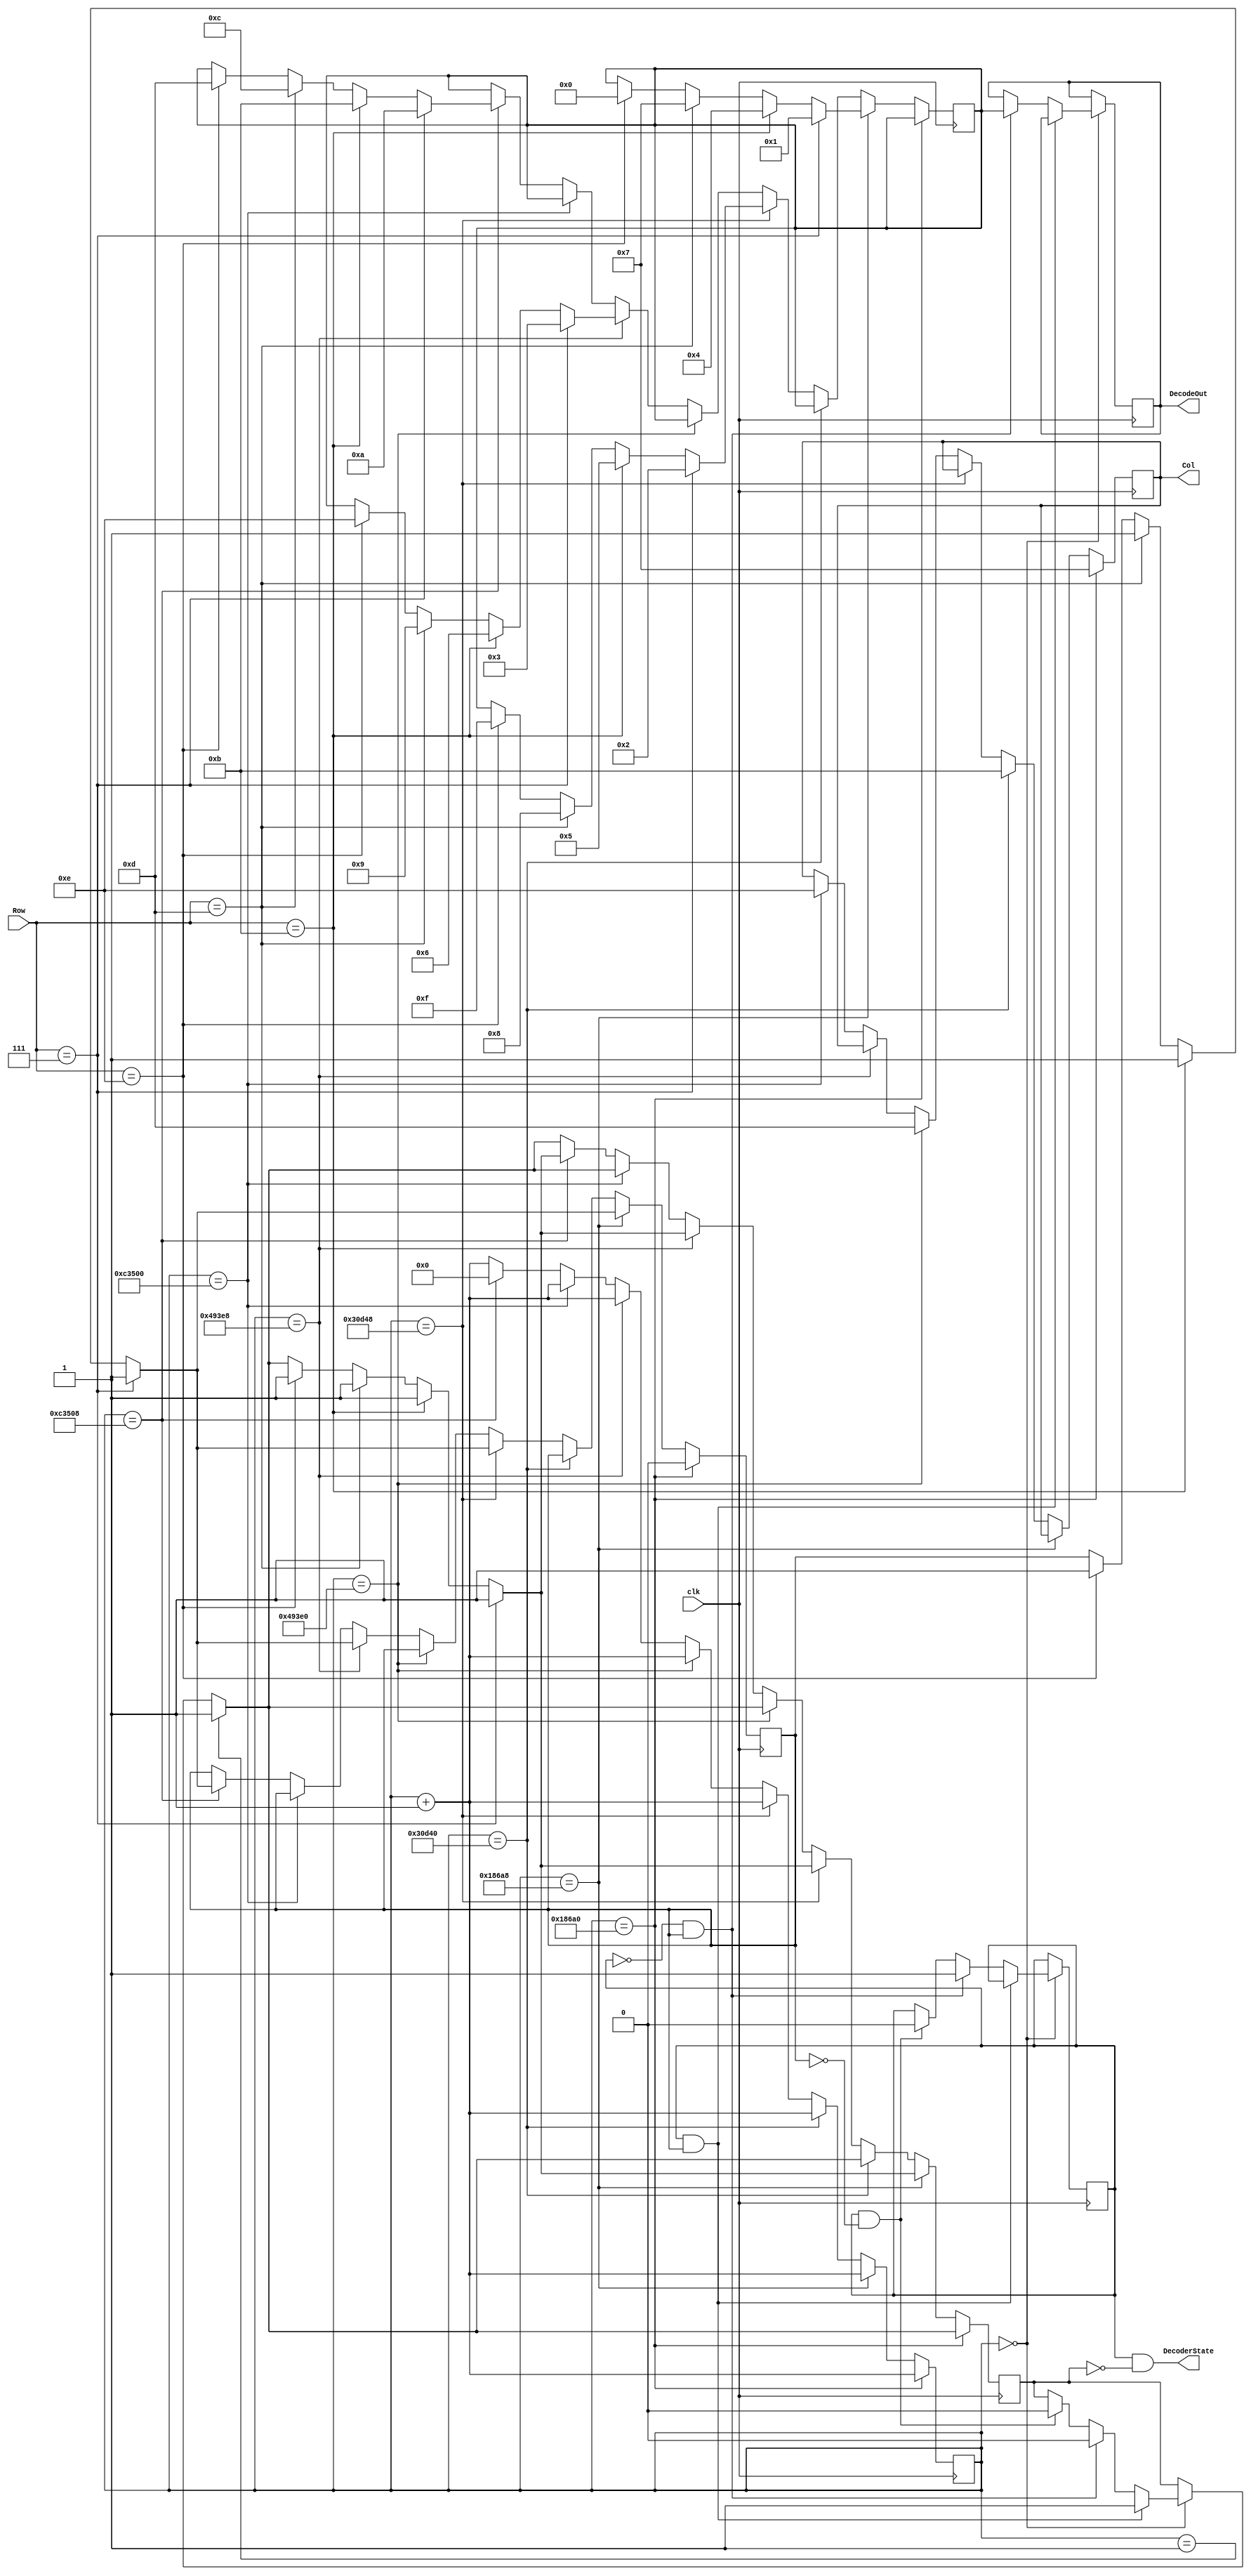
`timescale 1ns / 1ps
//////////////////////////////////////////////////////////////////////////////////////////////////////////
//				 Josh Sackos
//
//
//
// Module Name:    Decoder
// Project Name:   StackCalc
// Target Devices: Max10
// Description: This file defines a component Decoder. The Decoder scans
//					 each column by asserting a low to the pin corresponding to the column at 1KHz. After a
//					 column is asserted low, each row pin is checked. When a row pin is detected to be low,
//					 the key that was pressed could be determined.
//
// Revision History: 
// 						Revision 0.01 - File Created (Michelle Yu)
//							Revision 0.02 - Converted from VHDL to Verilog (Josh Sackos)
//							Revision 0.03 - Added DecoderState
//////////////////////////////////////////////////////////////////////////////////////////////////////////

// ==============================================================================================
// 												Define Module
// ==============================================================================================
module Decoder(
    clk,
    Row,
    Col,
    DecodeOut,
	 DecoderState
    );

// ==============================================================================================
// 											Port Declarations
// ==============================================================================================
    input clk;						// 100MHz onboard clock
    input [3:0] Row;				// Rows on KYPD
    output [3:0] Col;			// Columns on KYPD
    output [3:0] DecodeOut;	// Output data
	 output DecoderState;		// 0 - no change, 1 - has new token

// ==============================================================================================
// 							  		Parameters, Regsiters, and Wires
// ==============================================================================================
	
	reg NewToken = 0;
	reg Probe = 0;
	reg [3:0] OutBuffer;
	
	// Output wires and registers
	reg [3:0] Col;
	reg [3:0] DecodeOut;
	reg lock = 0;
	
	// Count register
	reg [19:0] sclk = 0;
	
	assign DecoderState = NewToken && ~lock;

// ==============================================================================================
// 												Implementation
// ==============================================================================================

	always @(posedge clk) begin	
		if (sclk == 20'b00000000000000000000)
				if (NewToken && Probe)
					lock <= 1;		
				else 	if (!NewToken && Probe) begin							
							DecodeOut <= OutBuffer;
							NewToken <= 1;
							if (lock)
								lock <= 0;
						end else if (NewToken && !Probe) begin
										NewToken <= 0;
										lock <= 0;
									end
		if (sclk == 20'b00000000000000000001)
			lock <= 1;
			
			// 1ms
			if (sclk == 20'b11000011010100000) begin
				//C1
				Col <= 4'b0111;
				sclk <= sclk + 1'b1;
				Probe <= 0;
			end
			
			// check row pins
			else if(sclk == 20'b11000011010101000) begin
				
				//R1
				if (Row == 4'b0111) begin
					OutBuffer <= 4'b0001;		//1
					Probe <= 1;
					lock <= 1;
				end
				//R2
				else if(Row == 4'b1011) begin
					OutBuffer <= 4'b0100;		//4
						Probe <= 1;
						lock <= 1;
				end
				//R3
				else if(Row == 4'b1101) begin
					OutBuffer <= 4'b0111;		//7
					Probe <= 1;
					lock <= 1;
				end
				//R4
				else if(Row == 4'b1110) begin
					OutBuffer <= 4'b0000;		//0
					Probe <= 1;
					lock <= 1;
				end
				sclk <= sclk + 1'b1;
			end

			// 2ms
			else if(sclk == 20'b110000110101000000) begin
				//C2
				Col<= 4'b1011;
				sclk <= sclk + 1'b1;
			end
			
			// check row pins
			else if(sclk == 20'b110000110101001000) begin
				//R1
				if (Row == 4'b0111) begin
					OutBuffer <= 4'b0010;		//2
					Probe <= 1;
					lock <= 1;
				end
				//R2
				else if(Row == 4'b1011) begin
					OutBuffer <= 4'b0101;		//5
					Probe <= 1;
					lock <= 1;
				end
				//R3
				else if(Row == 4'b1101) begin
					OutBuffer <= 4'b1000;		//8
					Probe <= 1;
					lock <= 1;
				end
				//R4
				else if(Row == 4'b1110) begin
					OutBuffer <= 4'b1111;		//F
					Probe <= 1;
					lock <= 1;
				end
				sclk <= sclk + 1'b1;
			end

			//3ms
			else if(sclk == 20'b1001001001111100000) begin
				//C3
				Col<= 4'b1101;
				sclk <= sclk + 1'b1;
			end
			
			// check row pins
			else if(sclk == 20'b1001001001111101000) begin
				//R1
				if(Row == 4'b0111) begin
					OutBuffer <= 4'b0011;		//3
					Probe <= 1;
					lock <= 1;
				end
				//R2
				else if(Row == 4'b1011) begin
					OutBuffer <= 4'b0110;		//6
					Probe <= 1;
					lock <= 1;
				end
				//R3
				else if(Row == 4'b1101) begin
					OutBuffer <= 4'b1001;		//9
					Probe <= 1;
					lock <= 1;
				end
				//R4
				else if(Row == 4'b1110) begin
					OutBuffer <= 4'b1110;		//E
						Probe <= 1;
						lock <= 1;
				end
				sclk <= sclk + 1'b1;
			end

			//4ms
			else if(sclk == 20'b11000011010100000000) begin
				//C4
				Col<= 4'b1110;
				sclk <= sclk + 1'b1;
			end

			// Check row pins
			else if(sclk == 20'b11000011010100001000) begin
				//R1
				if(Row == 4'b0111) begin
					OutBuffer <= 4'b1010;		//A
					Probe <= 1;
					lock <= 1;
				end
				//R2
				else if(Row == 4'b1011) begin
					OutBuffer <= 4'b1011;		//B
						Probe <= 1;
						lock <= 1;
				end
				//R3
				else if(Row == 4'b1101) begin
					OutBuffer <= 4'b1100;		//C
						Probe <= 1;
						lock <= 1;
				end
				//R4
				else if(Row == 4'b1110) begin
						OutBuffer <= 4'b1101;		//D
						Probe <= 1;
						lock <= 1;
				end
										
				sclk <= 20'b00000000000000000000;
			end

			// Otherwise increment
			else begin
				sclk <= sclk + 1'b1;
			end
		end
endmodule